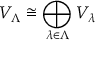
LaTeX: V _ { \Lambda } \cong \bigoplus _ { \lambda \in \Lambda } V _ { \lambda }